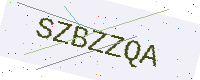
Text: SZBZZQA